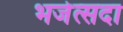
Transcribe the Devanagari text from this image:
भजेत्सदा